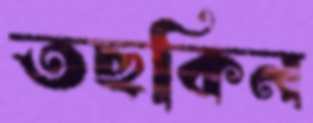
তছকিন